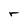
Character: r